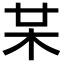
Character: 𣏼